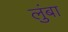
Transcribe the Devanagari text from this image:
लुंबा